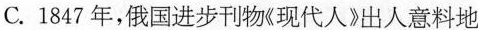
C.1847年，俄国进步刊物《现代人》出人意料地